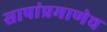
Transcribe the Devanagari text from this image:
सापांप्रमाणेच